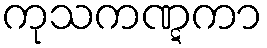
ကုသကဏ္ဋကာ